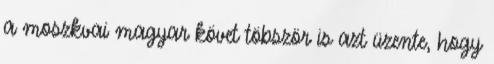
a moszkvai magyar követ töbször is azt üzente, hogy